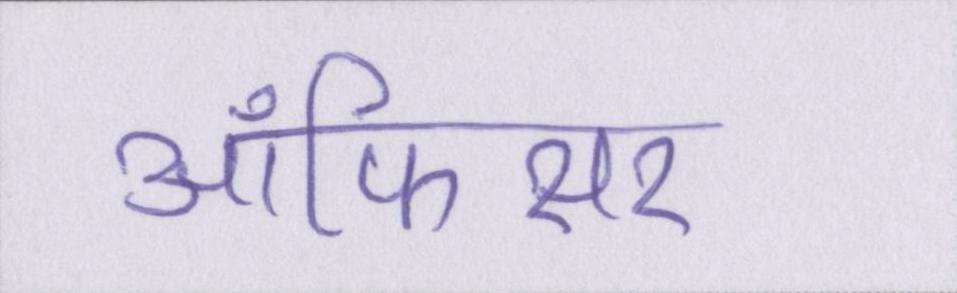
ऑफिसर